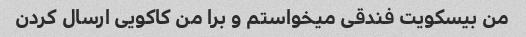
من بیسکویت فندقی میخواستم و برا من کاکویی ارسال کردن